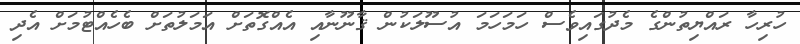
ހުރިހާ ރައްޔިތުންގެ މެދުގައިވެސް ހަމަހަމަ އުސޫލަކުން ޤާނޫނާއި އެއްގޮތަށް އަމަލުތަށް ބެހެއްޓުމަށް އެދި